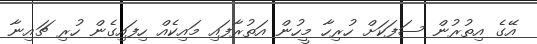
އޭގެ އިތުރުން ސަފަކަށް ހުރިހާ މީހުން އަތުރާފައި މައިކެއް ހިފައިގެން ހުރި ޗައިނާ